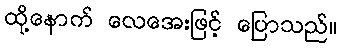
ထို့နောက် လေအေးဖြင့် ပြောသည်။